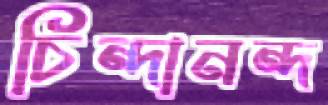
চিন্দানন্দ